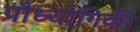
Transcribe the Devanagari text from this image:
प्रौध्योगिकी